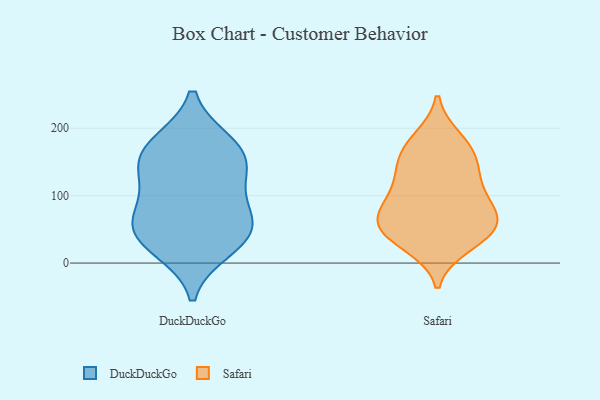
{"axis": {"x": "Inventory Turnover", "y": "Value"}, "legend": ["DuckDuckGo", "Safari"], "data": [{"x": "", "y": 140, "type": "DuckDuckGo"}, {"x": "", "y": 36, "type": "DuckDuckGo"}, {"x": "", "y": 69, "type": "DuckDuckGo"}, {"x": "", "y": 21, "type": "DuckDuckGo"}, {"x": "", "y": 177, "type": "DuckDuckGo"}, {"x": "", "y": 153, "type": "DuckDuckGo"}, {"x": "", "y": 60, "type": "DuckDuckGo"}, {"x": "", "y": 87, "type": "DuckDuckGo"}, {"x": "", "y": 178, "type": "DuckDuckGo"}, {"x": "", "y": 41, "type": "DuckDuckGo"}, {"x": "", "y": 131, "type": "DuckDuckGo"}, {"x": "", "y": 67, "type": "Safari"}, {"x": "", "y": 53, "type": "Safari"}, {"x": "", "y": 44, "type": "Safari"}, {"x": "", "y": 111, "type": "Safari"}, {"x": "", "y": 71, "type": "Safari"}, {"x": "", "y": 119, "type": "Safari"}, {"x": "", "y": 31, "type": "Safari"}, {"x": "", "y": 181, "type": "Safari"}, {"x": "", "y": 26, "type": "Safari"}, {"x": "", "y": 53, "type": "Safari"}, {"x": "", "y": 149, "type": "Safari"}, {"x": "", "y": 185, "type": "Safari"}, {"x": "", "y": 153, "type": "Safari"}, {"x": "", "y": 63, "type": "Safari"}, {"x": "", "y": 101, "type": "Safari"}, {"x": "", "y": 153, "type": "Safari"}, {"x": "", "y": 84, "type": "Safari"}]}